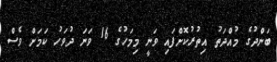
ބަންދުގެ މުއްދަތު އިތުރުކޮށްފައި ވަނީ މިމަހުގެ 16 ވަނަ ދުވަހު ކަމަށް ވެސް